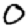
Digit: 0